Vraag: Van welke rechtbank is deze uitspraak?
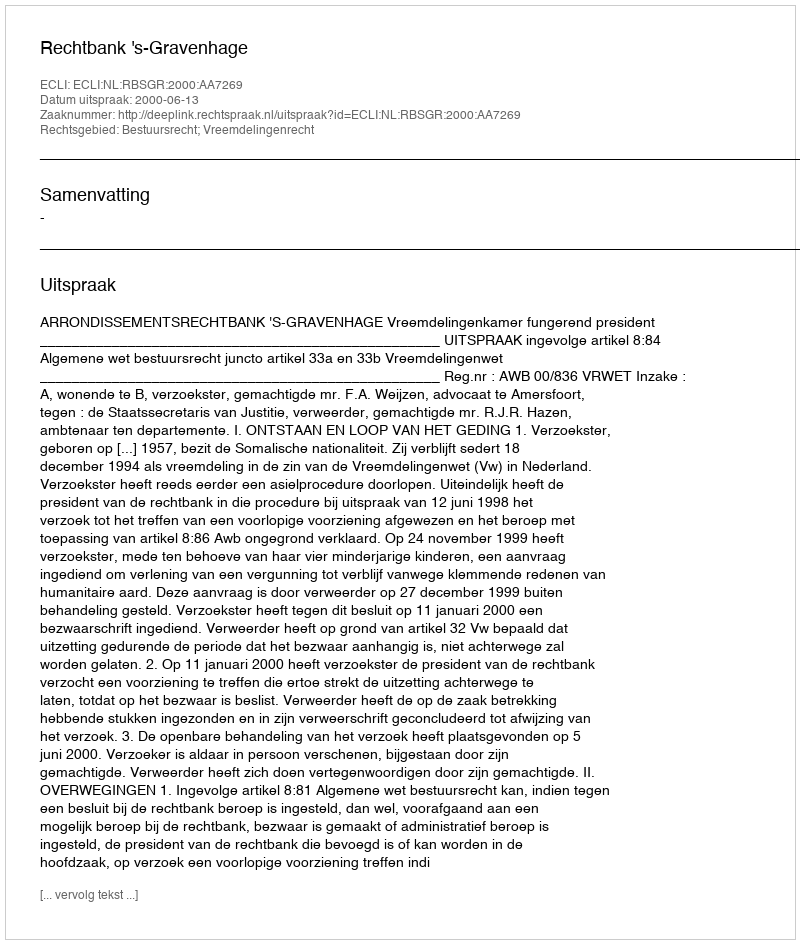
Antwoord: Rechtbank 's-Gravenhage